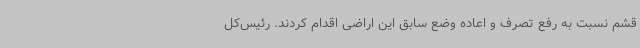
قشم نسبت به رفع تصرف و اعاده وضع سابق این اراضی اقدام کردند. رئیس‌کل